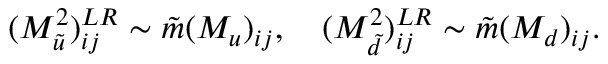
( M _ { \tilde { u } } ^ { 2 } ) _ { i j } ^ { L R } \sim \tilde { m } ( M _ { u } ) _ { i j } , \ \ \ ( M _ { \tilde { d } } ^ { 2 } ) _ { i j } ^ { L R } \sim \tilde { m } ( M _ { d } ) _ { i j } .